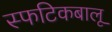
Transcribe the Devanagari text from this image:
स्फटिकबालू